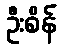
ဦးစိန်